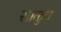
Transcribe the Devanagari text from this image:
साळुव